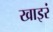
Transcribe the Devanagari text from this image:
खाइरं